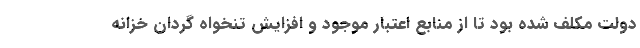
دولت مکلف شده بود تا از منابع اعتبار موجود و افزایش تنخواه گردان خزانه